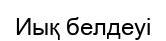
Иық белдеуі